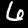
Label: 6